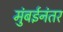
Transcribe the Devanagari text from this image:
मुंबईनंतर